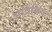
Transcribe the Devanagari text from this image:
अविक्रियः